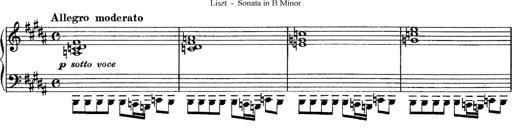
Title: Piano Sonata
Composer: Karl HÃ¤ssler
Key: C major